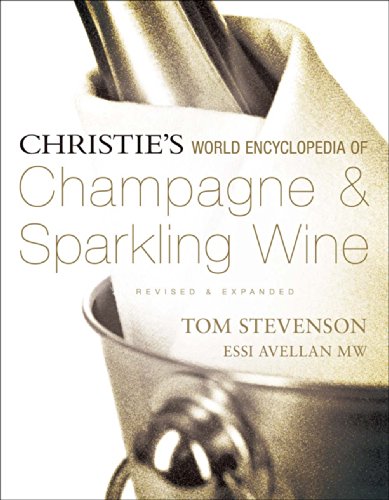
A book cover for Christie's World Encyclopedia of Champagne & Sparkling Wine; Tom Stevenson; Cookbooks, Food & Wine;